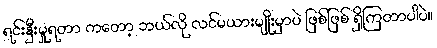
ရင်းနှီးမှုရတာ ကတော့ ဘယ်လို လင်မယားမျိုးမှာပဲ ဖြစ်ဖြစ် ရှိကြတာပါပဲ။